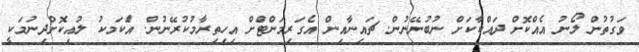
ވަގުތުން ލޯނު އެއްކޮށް ދައްކާކަށް ނުބުނޭނުން. ޗައިނާއިން އެގަރިމަންޓްަށް އިހިތިރާމުކުރޭނުން. އެަކަމކު ލުއިކޮށްދިނުމަކީ